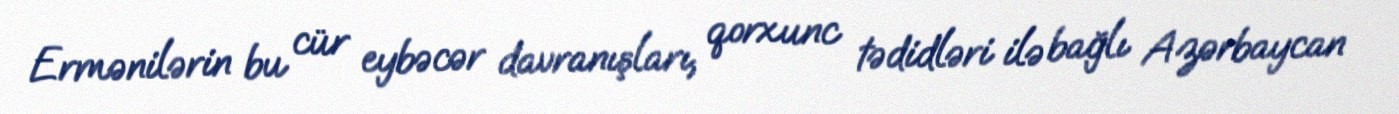
Ermənilərin bu cür eybəcər davranışları, qorxunc tədidləri ilə bağlı Azərbaycan